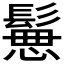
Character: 𩮪